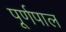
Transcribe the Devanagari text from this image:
पूर्णपाल